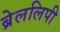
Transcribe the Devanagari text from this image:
ब्रेललिपी